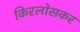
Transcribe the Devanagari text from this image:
किरलोसकर